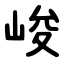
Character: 峻